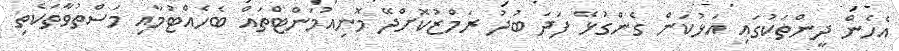
އެހެން ދީންތަކުގައި އަޅުކަން ގެންގުޅޭ ފަދަ ބުދު ރަމްޒުކޮށްދޭ މޮނިއުމަންޓްތައް ބެހެއްޓުމާއި މަސްތުވާތަކެތި